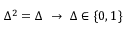
\Delta ^ { 2 } = \Delta \ \rightarrow \ \Delta \in \{ 0 , 1 \}